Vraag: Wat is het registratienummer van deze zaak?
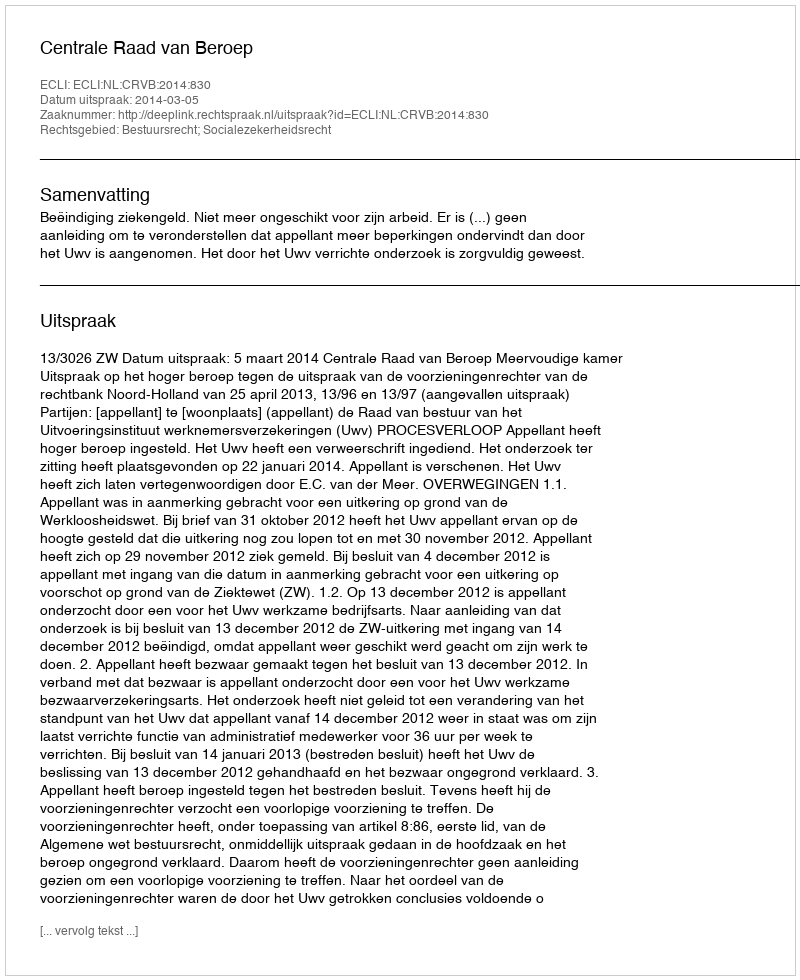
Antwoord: http://deeplink.rechtspraak.nl/uitspraak?id=ECLI:NL:CRVB:2014:830